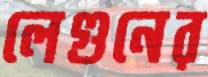
লেগুনের